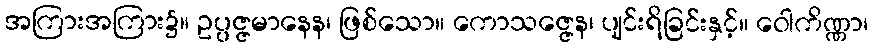
အကြားအကြား၌။ ဥပ္ပဇ္ဇမာနေန၊ ဖြစ်သော။ ကောသဇ္ဇေန၊ ပျင်းရိခြင်းနှင့်။ ဝေါကိဏ္ဏာ၊